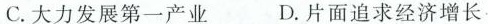
C.大力发展第一产业 D.片面追求经济增长